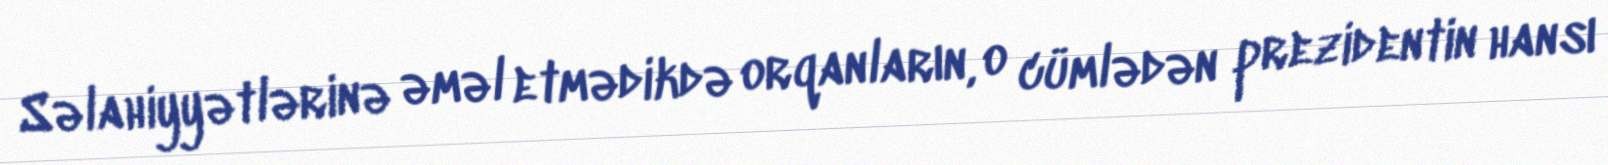
Səlahiyyətlərinə əməl etmədikdə orqanların, o cümlədən prezidentin hansı